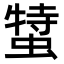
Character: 𧎬